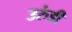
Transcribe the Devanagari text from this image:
उरुंडी